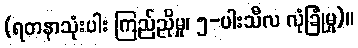
(ရတနာသုံးပါး ကြည်ညိုမှု၊ ၅-ပါးသီလ လုံခြုံမှု)။